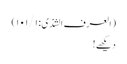
(العرف الشذی: ۱۰۱/۱)
دیکھے!